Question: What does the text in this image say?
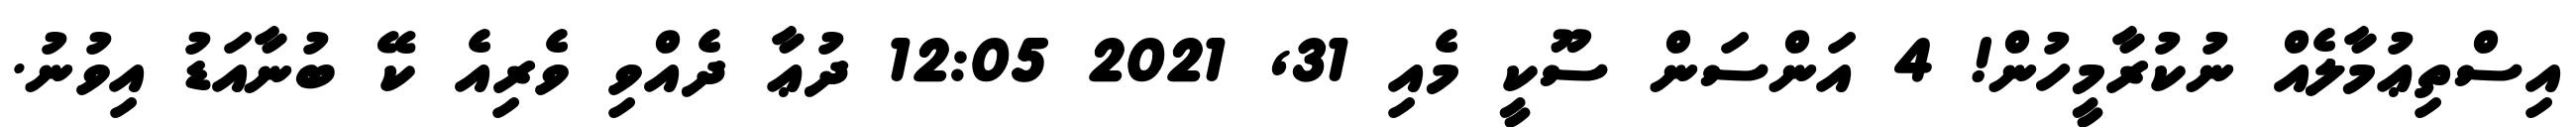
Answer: އިސްތިޢުމާލެއް ނުކުރާމީހުން! 4 އަންސަން ސޫކީ މެއި 31, 2021 12:05 ދުޢާ ދެއްވި ވެރިއެ ކޭ ބުނާއަޑު އިވުނު.